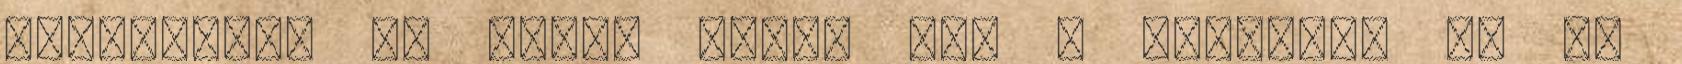
támogatom, de akkor tudja ezt a kunsztot az új